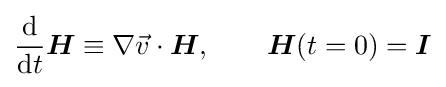
{\frac {\mathrm {d} }{\mathrm {d} t}}{\boldsymbol {H}}\equiv \nabla {\vec {v}}\cdot {\boldsymbol {H}},\qquad {\boldsymbol {H}}(t=0)={\boldsymbol {I}}